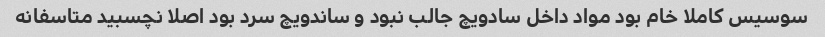
سوسیس کاملا خام بود مواد داخل سادویچ جالب نبود و ساندویچ سرد بود اصلا نچسبید متاسفانه